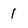
Character: 1